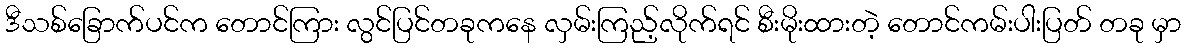
ဒီသစ်ခြောက်ပင်က တောင်ကြား လွင်ပြင်တခုကနေ လှမ်းကြည့်လိုက်ရင် စီးမိုးထားတဲ့ တောင်ကမ်းပါးပြတ် တခု မှာ